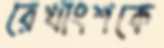
রেখাংশকে